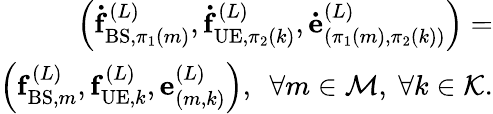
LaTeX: \begin{array}{r}{\left(\mathbf{\dot{f}}_{\mathrm{BS},\pi_{1}(m)}^{(L)},\mathbf{\dot{f}}_{\mathrm{UE},\pi_{2}(k)}^{(L)},\mathbf{\dot{e}}_{(\pi_{1}(m),\pi_{2}(k))}^{(L)}\right)=}\\ {\left(\mathbf{f}_{\mathrm{BS},m}^{(L)},\mathbf{f}_{\mathrm{UE},k}^{(L)},\mathbf{e}_{(m,k)}^{(L)}\right),~~\forall m\in\mathcal{M},~\forall k\in\mathcal{K}.}\end{array}